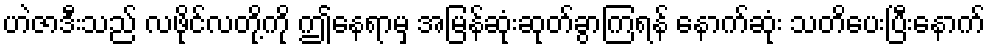
ဟဲဇာဒီးသည် လဖိုင်လတို့ကို ဤနေရာမှ အမြန်ဆုံးဆုတ်ခွာကြရန် နောက်ဆုံး သတိပေးပြီးနောက်